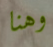
وهنا